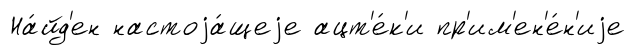
На́йд'ен настоjа́щеjе ацт'е́к'и пр'им'ен'е́н'иjе